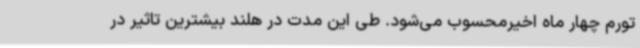
تورم چهار ماه اخیرمحسوب می‌شود. طی این مدت در هلند بیشترین تاثیر در